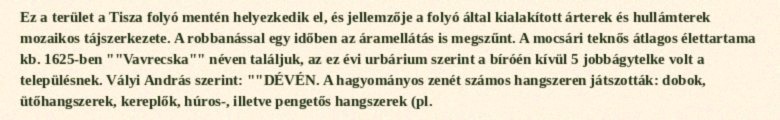
Ez a terület a Tisza folyó mentén helyezkedik el, és jellemzője a folyó által kialakított árterek és hullámterek mozaikos tájszerkezete. A robbanással egy időben az áramellátás is megszűnt. A mocsári teknős átlagos élettartama kb. 1625-ben ""Vavrecska"" néven találjuk, az ez évi urbárium szerint a bíróén kívül 5 jobbágytelke volt a településnek. Vályi András szerint: ""DÉVÉN. A hagyományos zenét számos hangszeren játszották: dobok, ütőhangszerek, kereplők, húros-, illetve pengetős hangszerek (pl.